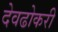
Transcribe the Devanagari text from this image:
देवढोकरी